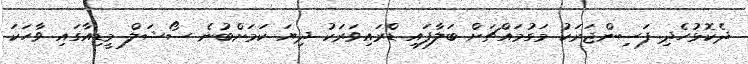
ދެކޮޅުހެދި ފަސިންޖަރަކު މަގުމައްޗަށް ބަލާފައި ޑްރައިވަރަކު ދިޔަ ކަމަށްބުނެ ސޯޝަލް މީޑިއާގައި ވާހަކަ